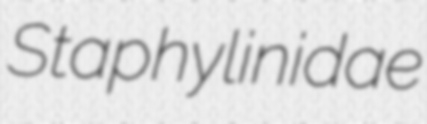
Staphylinidae